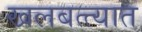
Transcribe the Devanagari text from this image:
खलबत्त्यात